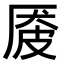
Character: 𪠏